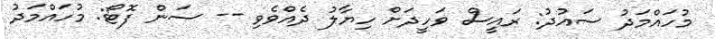
މުހައްމަދު ސައުދު: ރައީސް ވަހީދަށް ހިޔާލު ދެއްވެވި -- ސަން ފޮޓޯ: މުހައްމަދު